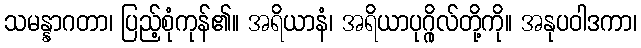
သမန္နာဂတာ၊ ပြည့်စုံကုန်၏။ အရိယာနံ၊ အရိယာပုဂ္ဂိုလ်တို့ကို။ အနုပဝါဒကာ၊